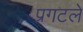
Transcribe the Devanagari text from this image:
प्रगटले